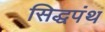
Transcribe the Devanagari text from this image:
सिद्धपंथ